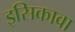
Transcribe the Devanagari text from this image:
इसिकावा